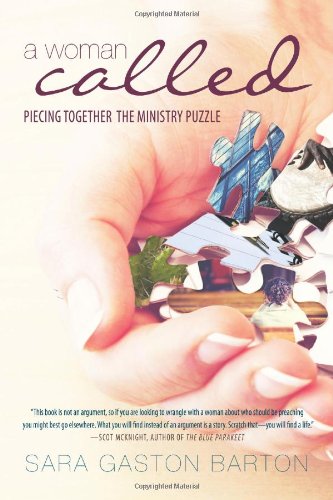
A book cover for A Woman Called: Piecing Together the Ministry Puzzle; Sara G. Barton; Christian Books & Bibles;